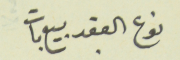
نوع العقد بيع بات